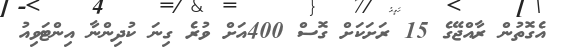
އެގޮތުން ރާއްޖޭގެ 15 ރަށަކަށް ގޮސް 400އަށް ވުރެ ގިނަ ކުދިންނާ އިންޓަވިއު